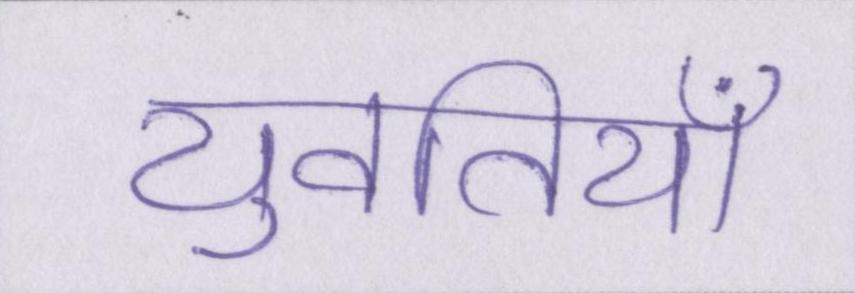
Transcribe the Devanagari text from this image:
युवतियाँ